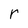
Character: r